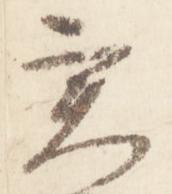
実